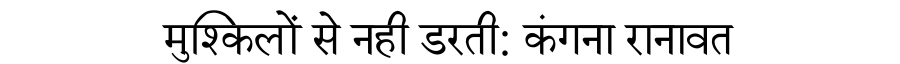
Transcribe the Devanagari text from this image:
मुश्किलों से नही डरती: कंगना रानावत